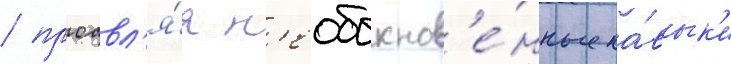
/ проавл'я́я н'еобыкнов'е́нные на́вык'и